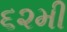
૬૨મી